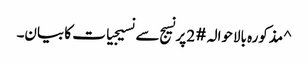
^ مذکورہ بالاحوالہ #2 پر نسیج سے نسیجیات کا بیان۔